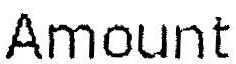
AMOUNT